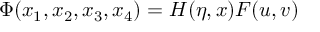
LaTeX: \Phi ( x _ { 1 } , x _ { 2 } , x _ { 3 } , x _ { 4 } ) = H ( \eta , x ) F ( u , v )